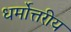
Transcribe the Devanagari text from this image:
धर्मोत्तरीय